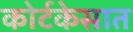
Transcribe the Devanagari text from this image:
कोर्टकेसात